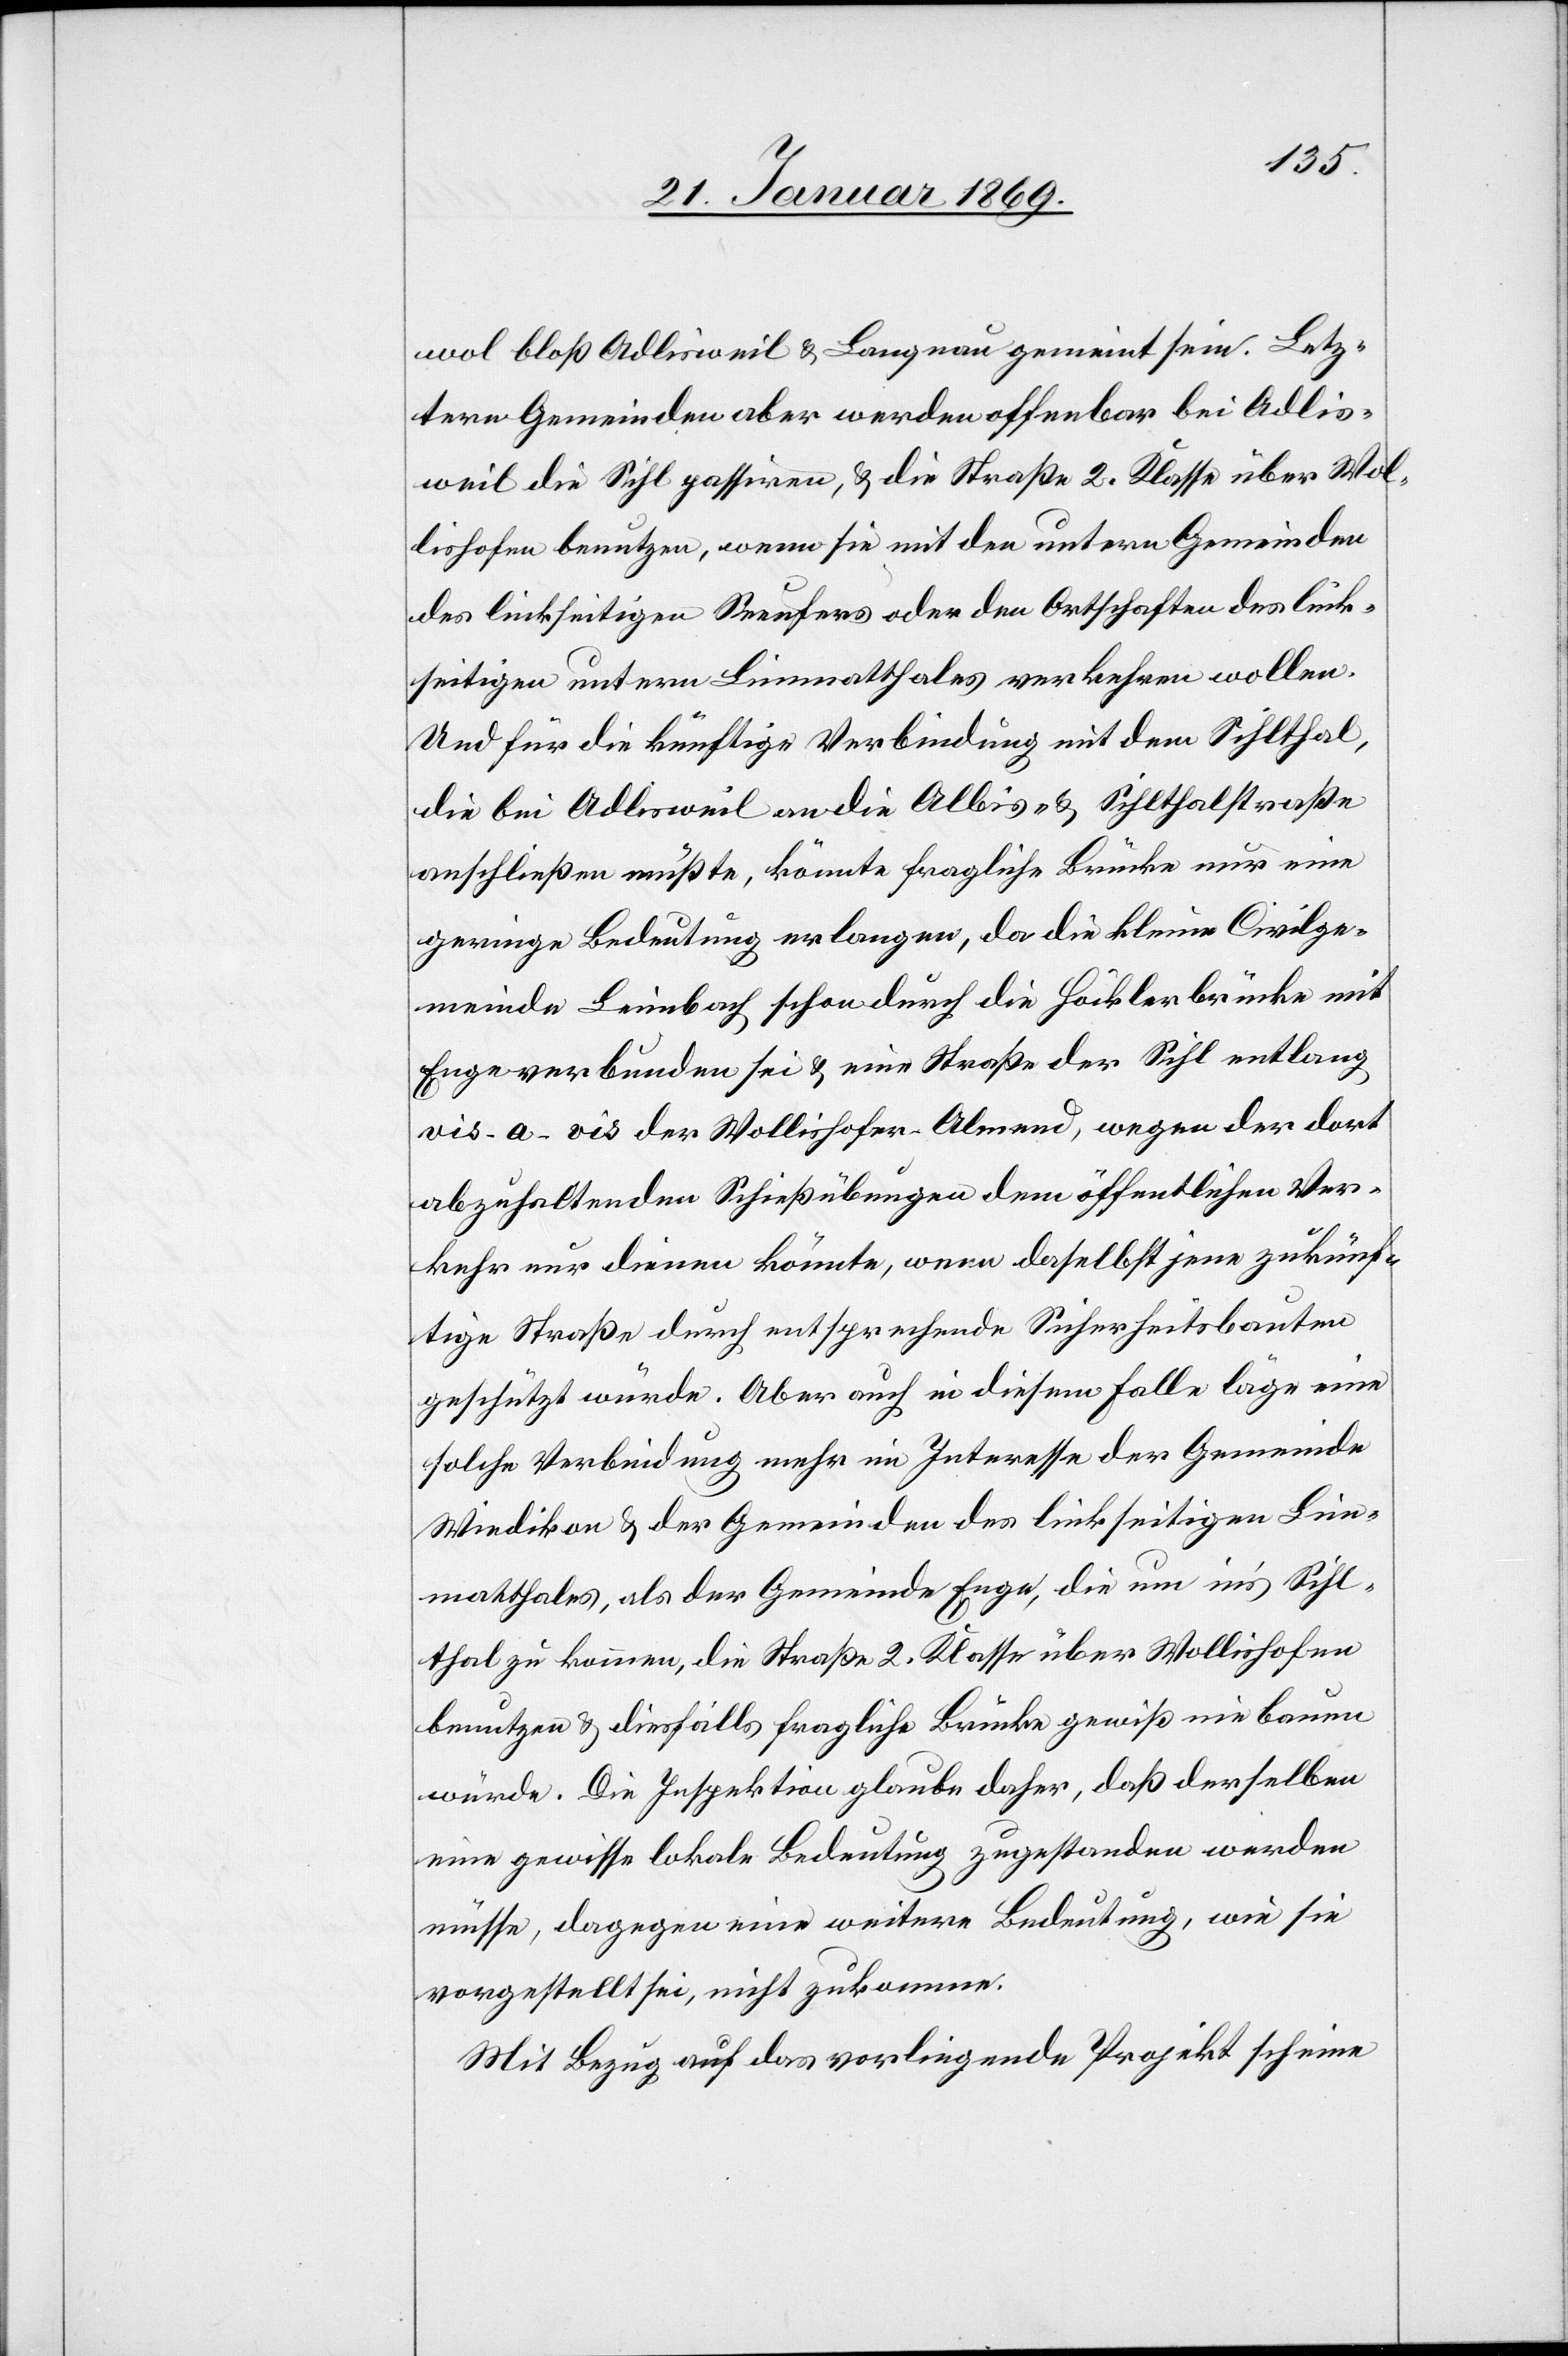
wol bloß Adlisweil & Langnau gemeint sein. Letz¬
tern Gemeinden aber werden offenbar bei Adlis¬
weil die Sihl passiren, wenn sie mit den untern Gemeinden bis
des linkseitigen Seeufers oder den Ortschaften des link¬
seitigen untern Limmatthales verkehren wollen.
Und für die künftige Verbindung mit dem Sihlthal,
die bei Adlisweil an die Albis- & Sihlthalstraße
aufschließen müßte, könnte fragliche Brücke nur eine
geringe Bedeutung erlangen, da die kleine Civilge¬
meinde Leimbach schon durch die Höcklerbrücke mit
Enge verbunden sei & eine Straße der Sihl entlang
vis-a-vis der Wollishofer-Allmend, wegen der dort
abzuhaltenden Schießübungen dem öffentlichen Ver¬
kehr nur dienen könnte, wenn daselbst jene zukünf¬
tige Straße durch entsprechende Sicherheitsbauten
geschützt würde. Aber auch in diesem Falle läge eine
solche Verbindung mehr im Interesse der Gemeinde
Wiedikon & der Gemeinden des linkseitigen Lim¬
matthales, als der Gemeinde Enge, die um in’s Sihl¬
thal zu kommen, die Straße 2. Klasse über Wollishofen
benutzen & diesfalls fragliche Brücke gewiß nie bauen
würde. Die Inspektion glaube daher, daß derselben
eine gewisse lokale Bedeutung zugestanden werden
müsse, dagegen eine weitere Bedeutung, wie sie
vorgestellt sei nicht zukomme.
Mit Bezug auf das vorliegende Projekt scheine